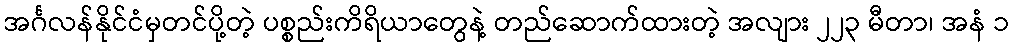
အင်္ဂလန်နိုင်ငံမှတင်ပို့တဲ့ ပစ္စည်းကိရိယာတွေနဲ့ တည်ဆောက်ထားတဲ့ အလျား ၂၂၃ မီတာ၊ အနံ ၁